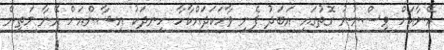
އޭނާއަށް ވިސްނުނު ގޮތުގައި އަބަދު ފެނި ވާހަކަދައްކާހާ ހިނދަކު އިޝާންއަށް އޭނާ މަތިން